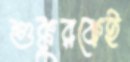
শুক্কুরকেই